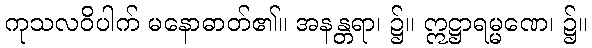
ကုသလဝိပါက် မနောဓာတ်၏။ အနန္တရာ၊ ၌။ ဣဋ္ဌာရမ္မဏေ၊ ၌။